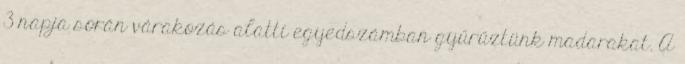
3 napja során várakozás alatti egyedszámban gyűrűztünk madarakat. A